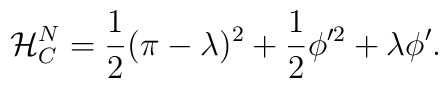
{\cal{H}}^N_C=\frac{1}{2}(\pi-\lambda)^2+\frac{1}{2}\phi'^2+\lambda\phi'.